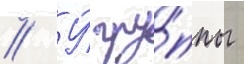
// У́ гру́ппы